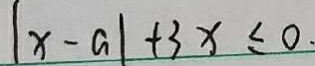
\vert x - a \vert + 3 x \leq 0 .